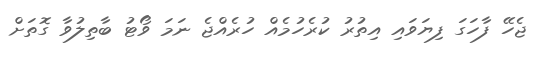
ޖެހޭ ފާހަގަ ފިޔަވައި އިތުރު ކުރެހުމެއް ހުރެއްޖެ ނަމަ ވޯޓު ބާތިލުވާ ގޮތަށް